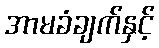
အာမခံချက်နှင့်